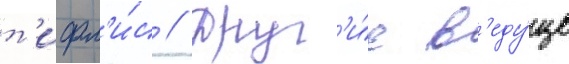
т'ифл'и́с // Друг'и́е в'еду́щие